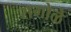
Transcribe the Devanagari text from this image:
रागोळे